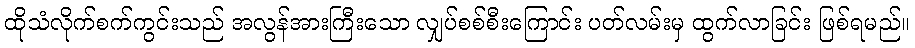
ထိုသံလိုက်စက်ကွင်းသည် အလွန်အားကြီးသော လျှပ်စစ်စီးကြောင်း ပတ်လမ်းမှ ထွက်လာခြင်း ဖြစ်ရမည်။